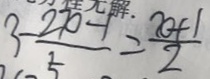
3 - \frac { 2 x - 1 } { 5 } = \frac { x + 1 } { 2 }